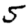
Digit: 5